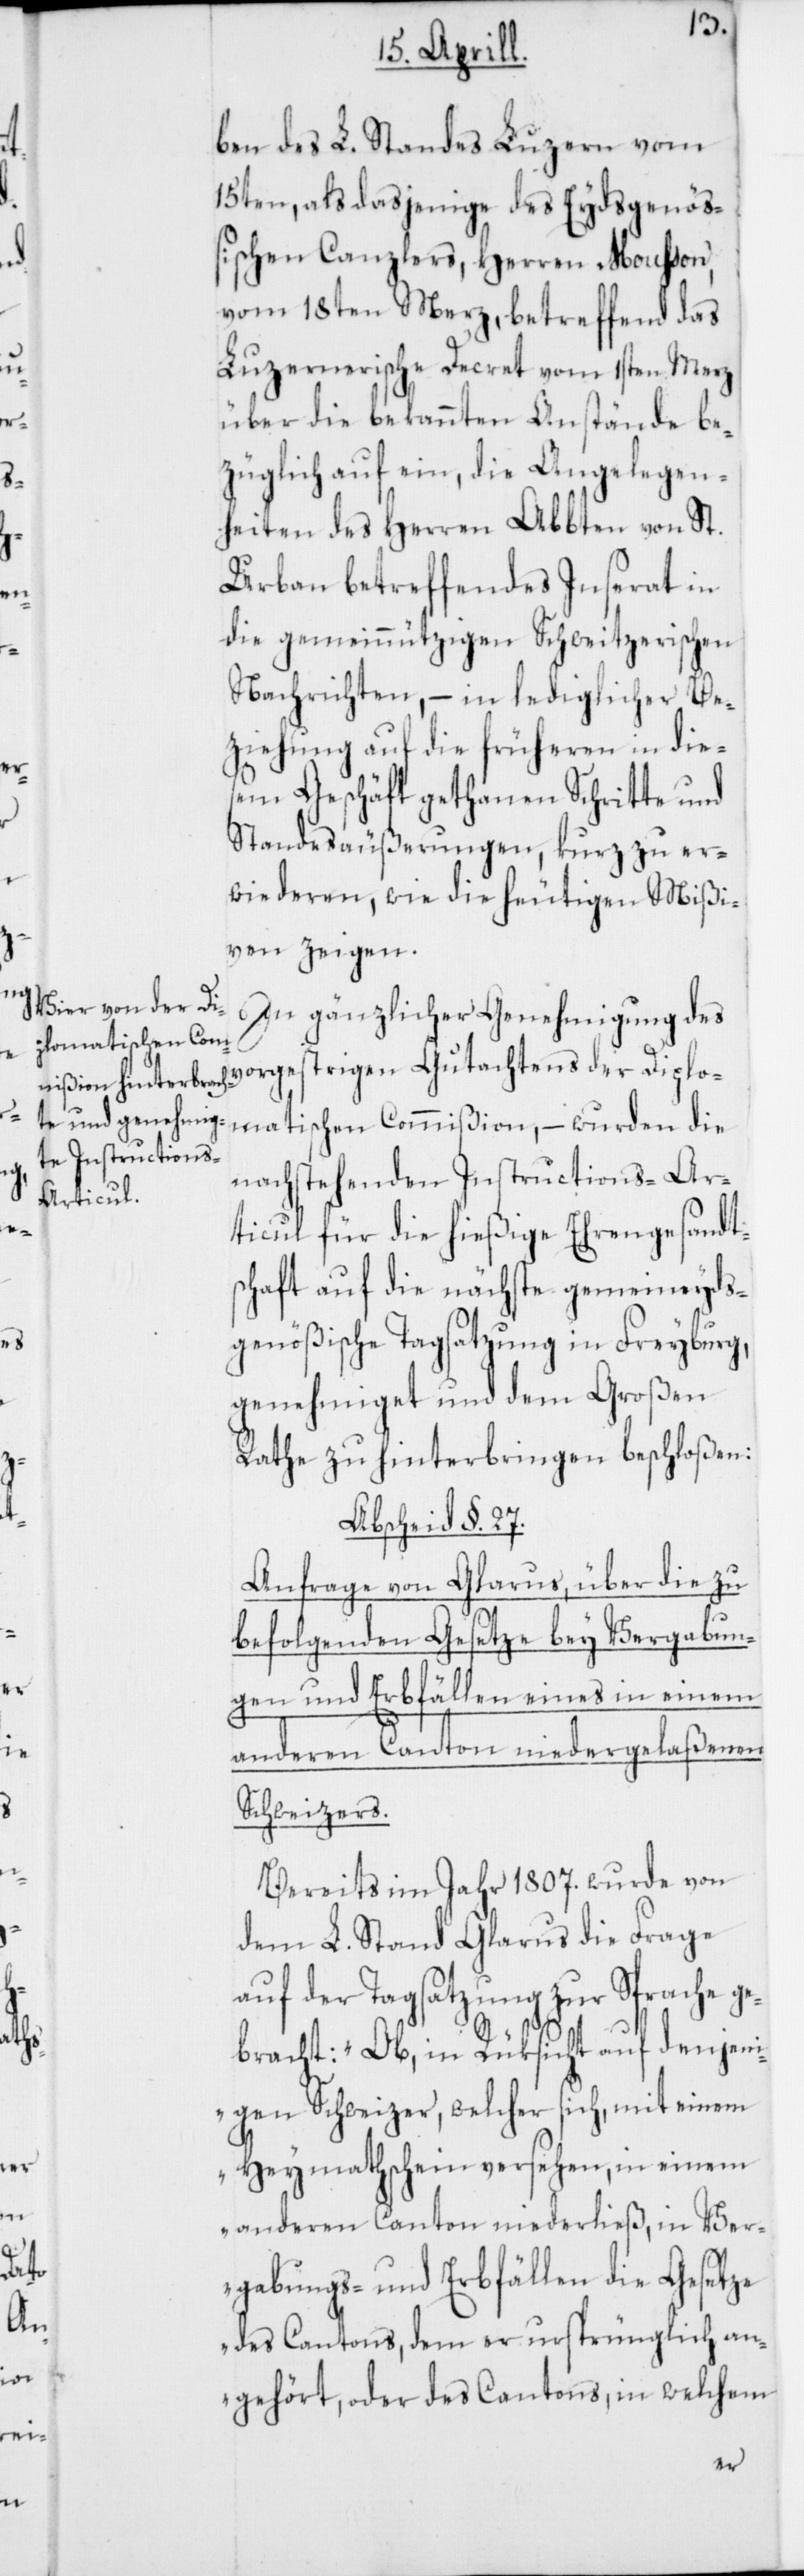
ben des L. Standes Luzern vom
15ten, als dasjenige des Eydsgenöß¬
ischen Canzlers, Herren Mousson,
vom 18ten Merz, betreffend das
Luzernerische Decret vom 1sten Merz
über die bekannten Anstände be¬
züglich auf ein, die Angelegen¬
heiten des Herren Abbten von St.
Urban betreffendes Inserat in
die gemeinnützigen Schweitzerischen
Nachrichten, – in lediglicher Be¬
ziehung auf die früheren in die¬
sem Geschäft gethanen Schritte und
Standesäußerungen, kurz zu er¬
wiederen, wie die heutigen Mißi¬
ven zeigen.
In gänzlicher Genehmigung des
vorgestrigen Gutachtens der Diplo¬
matischen Commißion, – wurden die
nachstehenden Instructions-Ar¬
ticul für die hießige Ehrengesandt¬
schaft auf die nächste gemeineyds¬
genößische Tagsatzung in Freyburg,
genehmiget, und dem Großen
Rathe zu hinterbringen beschloßen:
Abscheid §. 27.
Anfrage von Glarus, über die zu
befolgenden Gesetze bey Vergabun¬
gen und Erbfällen eines in einem
anderen Canton niedergelaßenen
Schweizers.
Bereits im Jahr 1807. wurde von
dem L. Stand Glarus die Frage
auf der Tagsatzung zur Sprache ge¬
bracht: „Ob in Rüksicht auf denjen¬
igen Schweizer, welcher sich, mit einem
Heymathschein versehen, in einem
anderen Canton niederließ, in Ver¬
gabungs- und Erbfällen die Gesetze
des Cantons, dem er ursprünglich an¬
gehört, oder des Cantons, in welchem